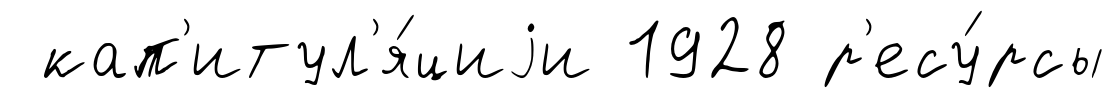
кап'итул'я́циjи 1928 р'есу́рсы